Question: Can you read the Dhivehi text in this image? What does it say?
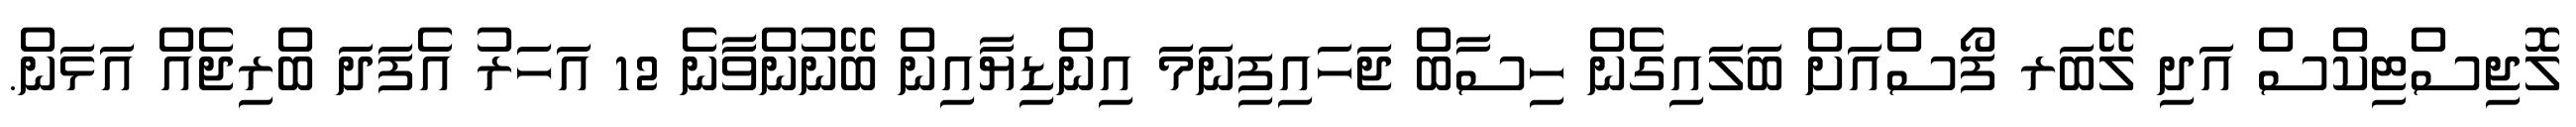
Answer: ލޮޖިސްޓިކްސް އަދި ލޭބަރ ފޯސްއަށް ބަލައިގެން ހިސާބް ޖަހައިފިނަމަ އިންޑިޔާއިން ބޭނުންވާނެ 12 އަހަރު އެފަދަ ބްރިޖެއް އަޅަން.